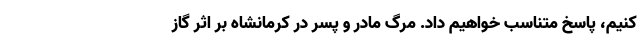
کنیم، پاسخ متناسب خواهیم داد. مرگ مادر و پسر در کرمانشاه بر اثر گاز